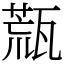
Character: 㼹